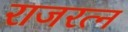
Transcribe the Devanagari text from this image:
राजरत्न